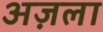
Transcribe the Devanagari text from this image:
अज़ला